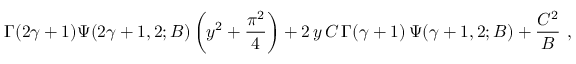
\Gamma ( 2 \gamma + 1 ) \Psi ( 2 \gamma + 1 , 2 ; B ) \left( y ^ { 2 } + \frac { \pi ^ { 2 } } { 4 } \right) + 2 \, y \, C \, \Gamma ( \gamma + 1 ) \, \Psi ( \gamma + 1 , 2 ; B ) + \frac { C ^ { 2 } } { B } ~ ,